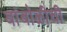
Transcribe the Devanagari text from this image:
बांबोळीची